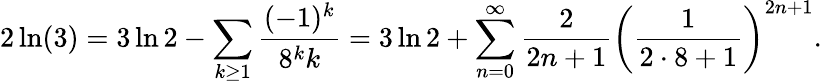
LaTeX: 2\ln(3)=3\ln 2-\sum_{k\geq 1}{\frac{(-1)^{k}}{8^{k}k}}=3\ln 2+\sum_{n=0}^{\infty}{\frac{2}{2n+1}}{\left({\frac{1}{2\cdot 8+1}}\right)}^{2n+1}.